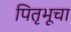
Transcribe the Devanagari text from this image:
पितृभूचा